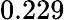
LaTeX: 0.229